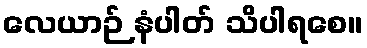
လေယာဉ် နံပါတ် သိပါရစေ။